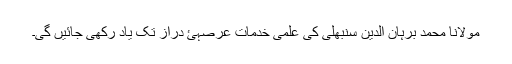
مولانا محمد برہان الدین سنبھلی کی علمی خدمات عرصہئ دراز تک یاد رکھی جائیں گی۔